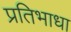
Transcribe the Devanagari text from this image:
प्रतिभाधा